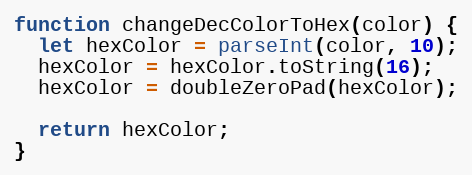
Language: JavaScript
function changeDecColorToHex(color) {
  let hexColor = parseInt(color, 10);
  hexColor = hexColor.toString(16);
  hexColor = doubleZeroPad(hexColor);

  return hexColor;
}